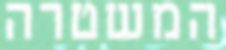
המשטרה